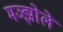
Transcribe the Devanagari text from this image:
मञ्झोले